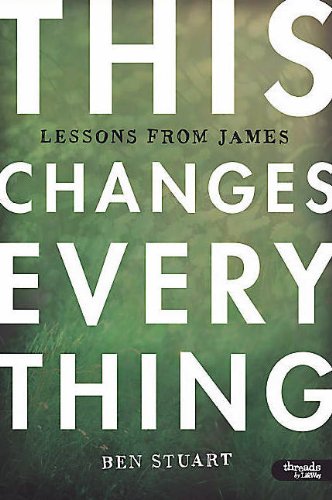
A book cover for This Changes Everything: Lessons From James (Member Book); Ben Stuart; Christian Books & Bibles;